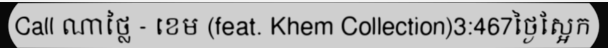
Call ណាថ្លៃ - ខេម (feat. Khem Collection)3:467ថ្ងៃស្អែក